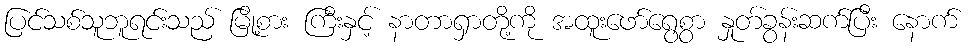
ပြင်သစ်သူဘူရင်းသည် မြို့စား ကြီးနှင့် နာတာရှာတို့ကို အထူးဖော်ရွေစွာ နှုတ်ခွန်းဆက်ပြီး နောက်